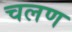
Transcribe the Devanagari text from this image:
चलण